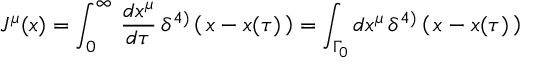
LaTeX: J ^ { \mu } ( x ) = \int _ { 0 } ^ { \infty } \, { \frac { d x ^ { \mu } } { d \tau } } \, \delta ^ { 4 ) } \left( \, x - x ( \tau ) \, \right) = \int _ { \Gamma _ { 0 } } d x ^ { \mu } \, \delta ^ { 4 ) } \left( \, x - x ( \tau ) \, \right)